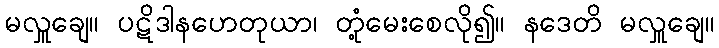
မလှူချေ။ ပဋိဒါနဟေတုယာ၊ တုံ့မေးစေလို၍။ နဒေတိ မလှူချေ။